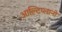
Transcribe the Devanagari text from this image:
आल्टिप्लानो